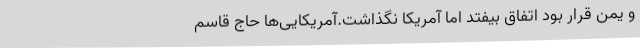
و یمن قرار بود اتفاق بیفتد اما آمریکا نگذاشت.آمریکایی‌ها حاج قاسم